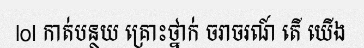
lol កាត់បន្ថយ គ្រោះថ្នាក់ ចរាចរណ៍ តើ យើង